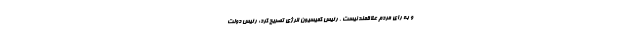
و به رای مردم علاقمند نیست . رئیس کمیسیون انرژی تصریح کرد: رئیس دولت